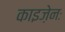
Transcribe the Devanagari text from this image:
काइज़ेनः